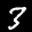
Label: 3